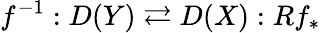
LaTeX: f^{-1}:D(Y)\rightleftarrows D(X):Rf_{*}